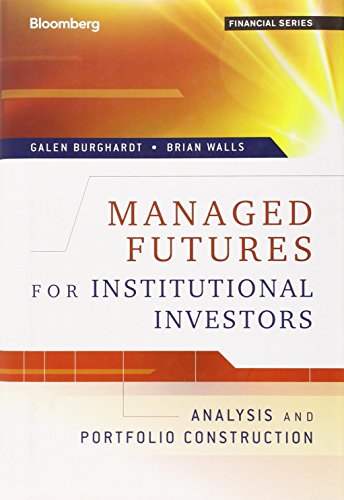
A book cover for Managed Futures for Institutional Investors: Analysis and Portfolio Construction; Galen Burghardt; Business & Money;